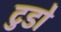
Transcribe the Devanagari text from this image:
टुडो